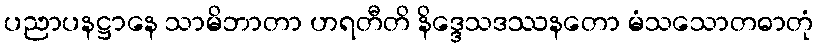
ပညာပနဋ္ဌာနေ သာမိဘာတာ ဟရတီတိ နိဒ္ဒေသဒဿနတော မံသသောတဓာတုံ